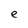
Character: e